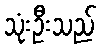
သုံးဦးသည်